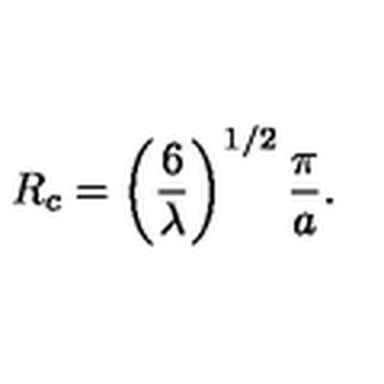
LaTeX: R _ { c } = \left( \frac { 6 } { \lambda } \right) ^ { 1 / 2 } \frac { \pi } { a } .